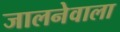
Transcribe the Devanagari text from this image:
जालनेवाला